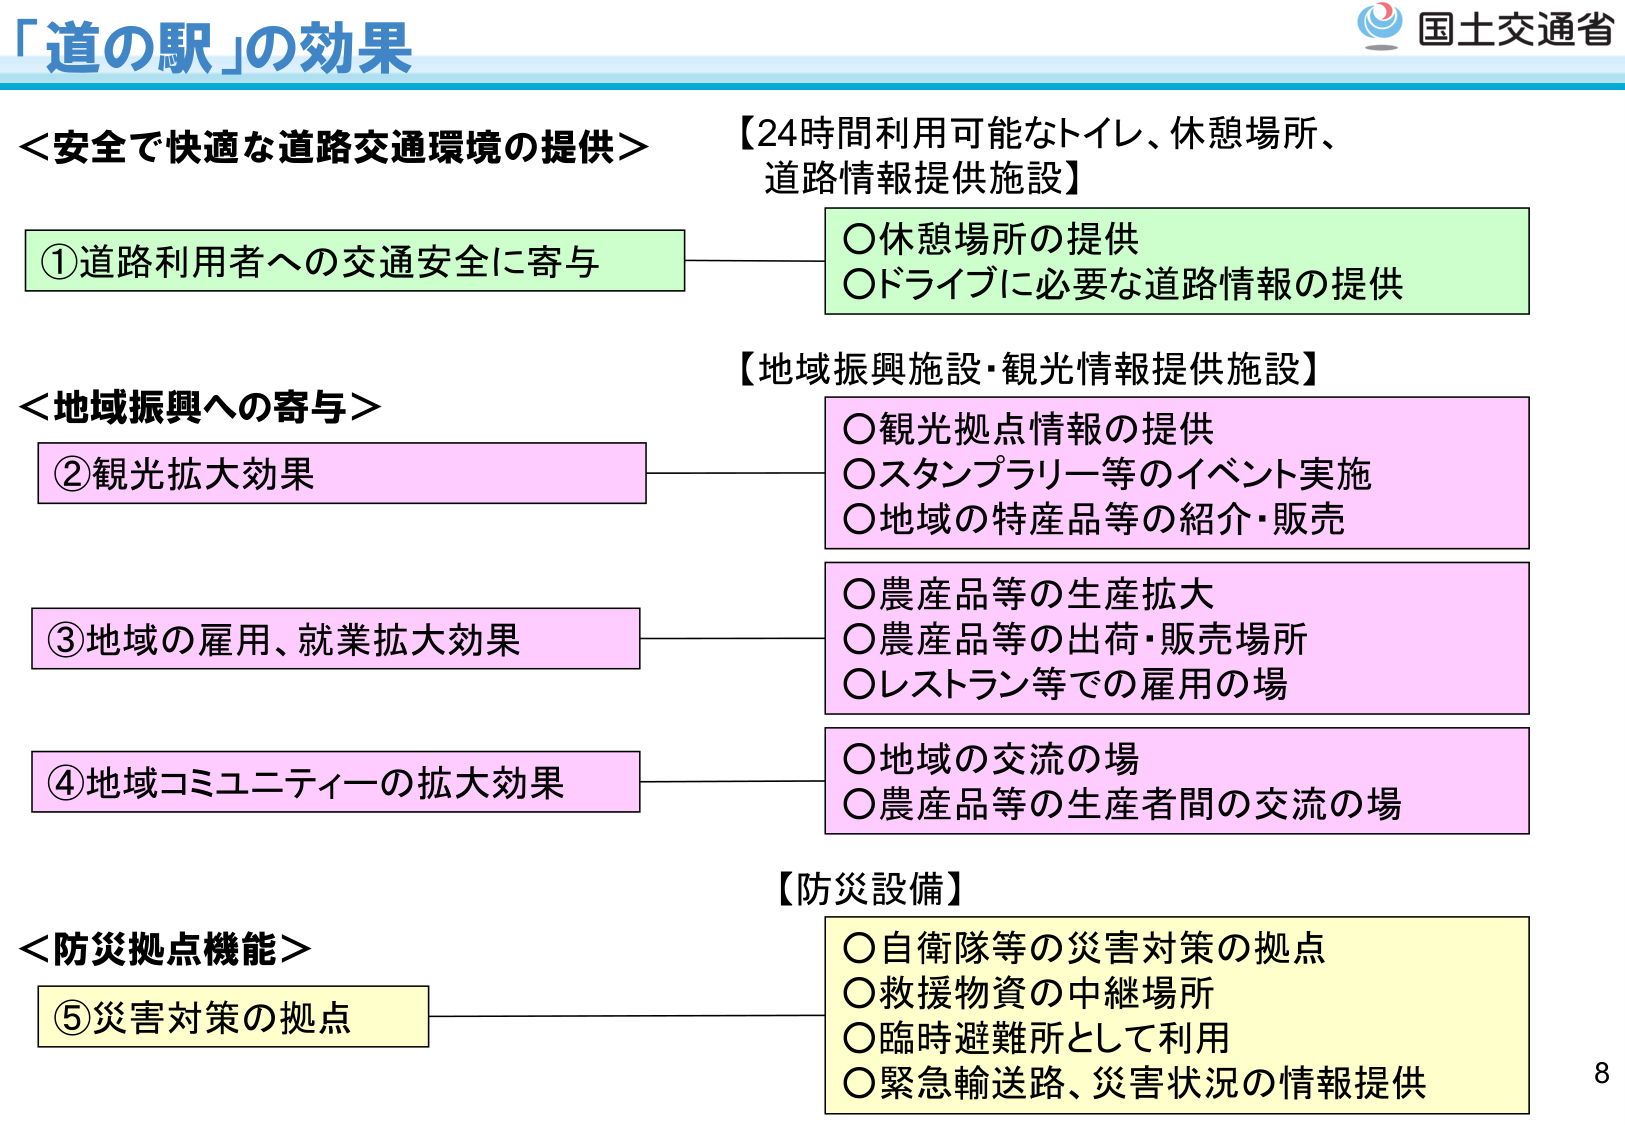
「道の駅」の効果

＜安全で快適な道路交通環境の提供＞
①道路利用者への交通安全に寄与

【24時間利用可能なトイレ、休憩場所、道路情報提供施設】
○休憩場所の提供
○ドライブに必要な道路情報の提供

＜地域振興への寄与＞
②観光拡大効果

【地域振興施設・観光情報提供施設】
○観光拠点情報の提供
○スタンプラリー等のイベント実施
○地域の特産品等の紹介・販売

③地域の雇用、就業拡大効果
○農産品等の生産拡大
○農産品等の出荷・販売場所
○レストラン等での雇用の場

④地域コミュニティの拡大効果
○地域の交流の場
○農産品等の生産者間の交流の場

＜防災拠点機能＞
⑤災害対策の拠点

【防災設備】
○自衛隊等の災害対策の拠点
○救援物資の中継場所
○臨時避難所として利用
○緊急輸送路、災害状況の情報提供

国土交通省
8